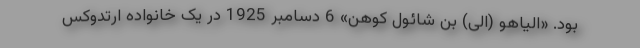
بود. «الیاهو (الی) بن شائول کوهن» 6 دسامبر 1925 در یک خانواده ارتدوکس